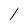
Character: l